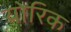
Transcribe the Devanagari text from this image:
योरिक